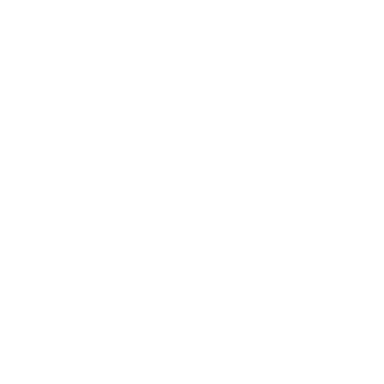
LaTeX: \